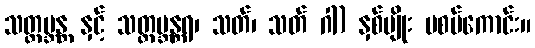
သတ္တဗ္ဘန္တ နှင့် သတ္တဗ္ဘန္တရ၊ သတ်၊ သတ် ဂါ) နှစ်မျိုး မစပ်ကောင်း။